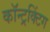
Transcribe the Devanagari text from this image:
कॉन्ट्रक्टिंग